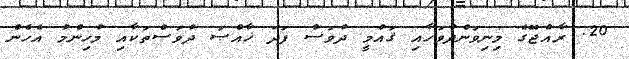
20. ރާއްޖޭގެ މިނިވަންދުވަހާއި ޤައުމީ ދުވަސް ފަދަ ޚާއްޞަ ދުވަސްތަކާއި މުހިންމު އެހެން